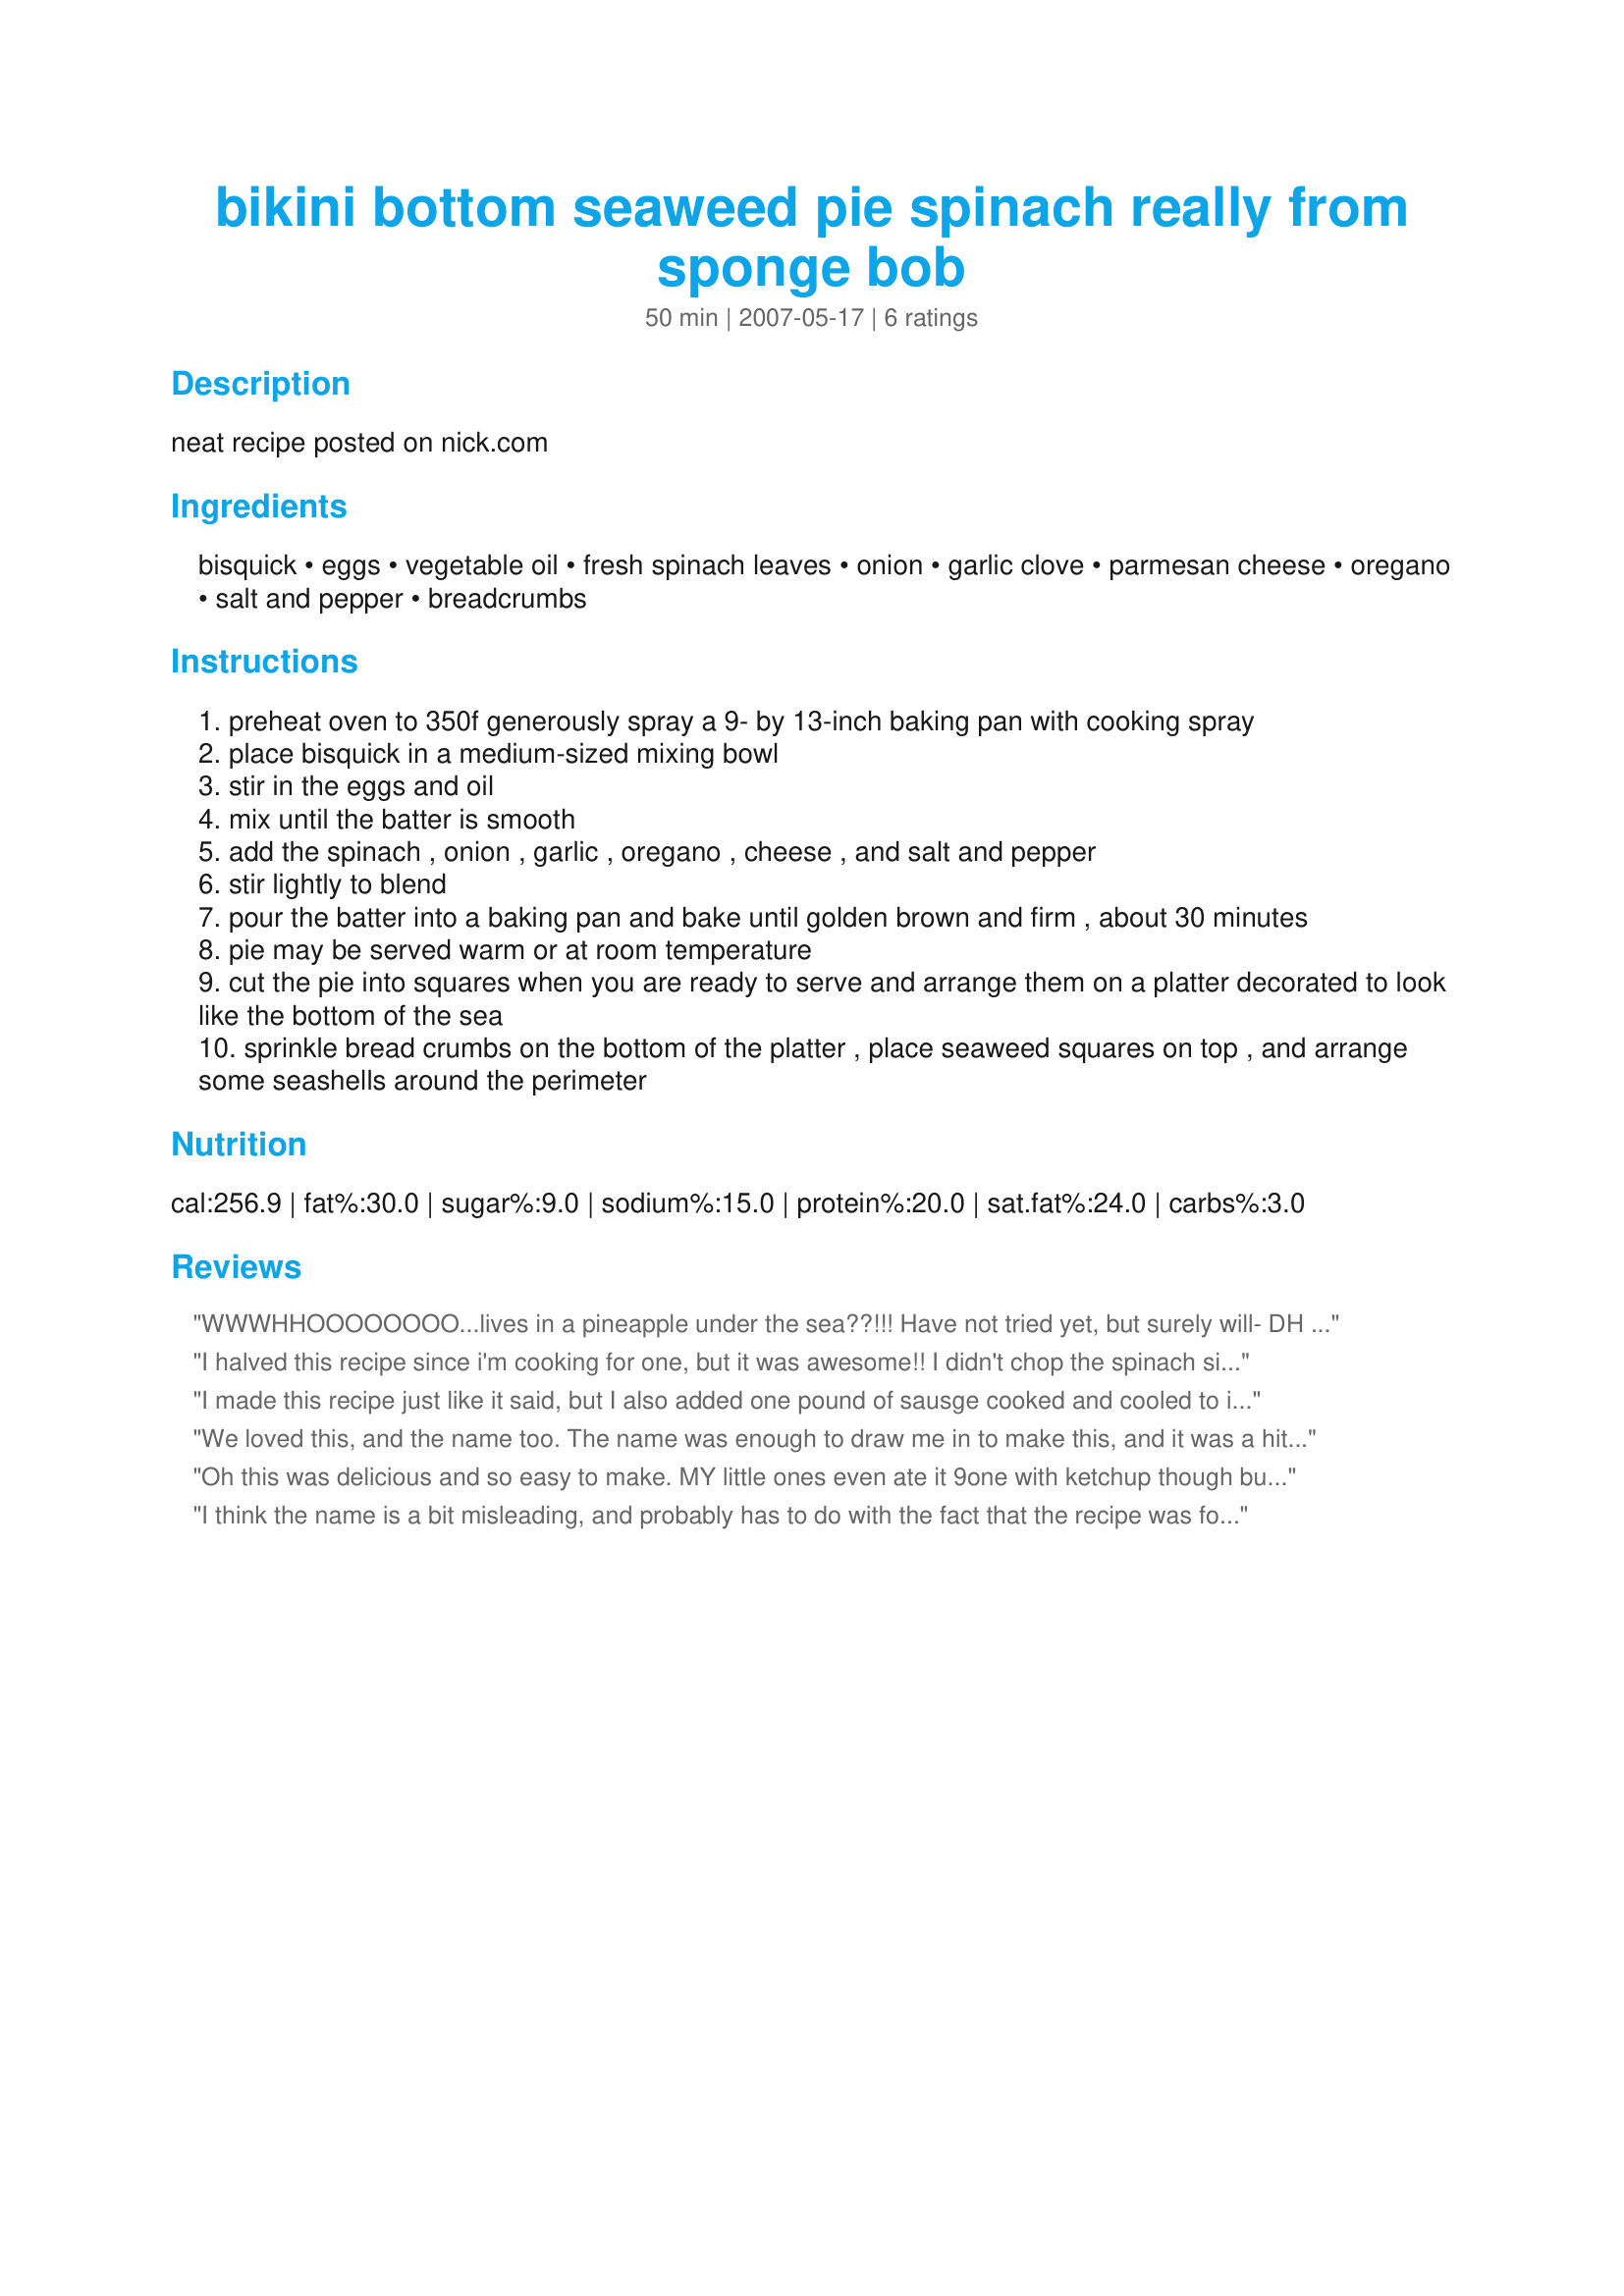
bikini bottom seaweed pie spinach really from sponge bob
Preparation time: 50 minutes

neat recipe posted on nick.com

Ingredients:
bisquick, eggs, vegetable oil, fresh spinach leaves, onion, garlic clove, parmesan cheese, oregano, salt and pepper, breadcrumbs

Steps:
preheat oven to 350f generously spray a 9- by 13-inch baking pan with cooking spray
place bisquick in a medium-sized mixing bowl
stir in the eggs and oil
mix until the batter is smooth
add the spinach , onion , garlic , oregano , cheese , and salt and pepper
stir lightly to blend
pour the batter into a baking pan and bake until golden brown and firm , about 30 minutes
pie may be served warm or at room temperature
cut the pie into squares when you are ready to serve and arrange them on a platter decorated to look like the bottom of the sea
sprinkle bread crumbs on the bottom of the platter , place seaweed squares on top , and arrange some seashells around the perimeter

Reviews:
WWWHHOOOOOOOO...lives in a pineapple under the sea??!!! Have not tried yet, but surely will- DH and I are big fans of our little yellow sponge friend (sad-I know.) Will report back, but this seems like it will be even tastier than normal spinach casserole, with the addition of the bisquick. I'll be back!
I halved this recipe since i'm cooking for one, but it was awesome!! I didn't chop the spinach since I had baby leaves and I used mozzarella instead of parm. DEEE-LISH! Thanks for a great recipe!
I made this recipe just like it said, but I also added one pound of sausge cooked and cooled to it. It was fantastic that way, and made a one dish meal. My 4 year old loved it. Thanks for sharing.
We loved this, and the name too. The name was enough to draw me in to make this, and it was a hit! I followed this exactly, only added frozen spinach instead of fresh. This tasted marvelous, and certainly filled all the empty pockets in Dennis tum. I truly wouldn't change anything as this is a great recipe. This dish made a lovely presentation and when it starts to firm up as it finishes cooking the aroma is enough to bring you in from running around on a hard day. Thanks so much, Anme. This is a keeper :D
Oh this was delicious and so easy to make. MY little ones even ate it 9one with ketchup though but I give her credit for trying as she is often a picky eater). This reminds me of a quiche less the pie shell. I think next time I will experiment with some sliced cherry tomatoes and add a little feta cheese. It was great the way it was though and we will certainly make it again. It went great with our dinner and move theme and we watched Spongebob-the Movie, of course! Thanks Anme!
I think the name is a bit misleading, and probably has to do with the fact that the recipe was found on a kid's site originally. There isn't any seeweed in this recipe unless you decide to garnish it like described in the last step (which I didn't). BUT, I think this made for a great lunch or light dinner. I used Recipe #163739 instead of store bought Bisquick, and cut the recipe in half (but still used a whole onion). I also used fresh oregano from my garden. I baked it in a 8x8 square pan, and think the recipe was just great.
